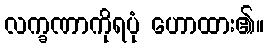
လက္ခဏာကိုရပုံ ဟောထား၏။